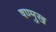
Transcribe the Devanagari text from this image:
षण्मुख